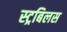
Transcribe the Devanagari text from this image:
स्ट्रबिलस